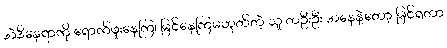
အဲဒီနေရာကို ရောက်ဖူးနေကြ၊ မြင်နေကြမဟုတ်တဲ့ သူ တဦးဦး အနေနဲ့တော့ မြင်ရတာ